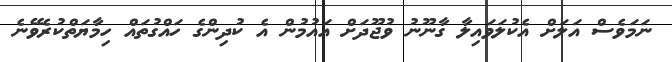
ނަމަވެސް އަލަށް އެކުލަވައިލާ ގާނޫނު ވުޖޫދަށް އައުމުން އެ ކުދިންގެ ހައްގުތައް ހިމާޔަތްކުރެވޭނެ